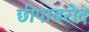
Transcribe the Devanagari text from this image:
छीपाबरोद